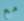
مع